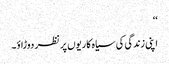
‘‘
اپنی زندگی کی سیاہ کاریوں پر نظر دوڑاؤ۔